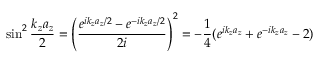
\sin ^ { 2 } \frac { k _ { z } a _ { z } } { 2 } = \left( \frac { e ^ { i k _ { z } a _ { z } / 2 } - e ^ { - i k _ { z } a _ { z } / 2 } } { 2 i } \right) ^ { 2 } = - \frac { 1 } { 4 } ( e ^ { i k _ { z } a _ { z } } + e ^ { - i k _ { z } a _ { z } } - 2 )